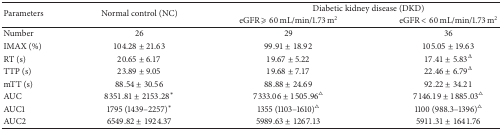
<table><thead><tr><td rowspan="2"><b>Parameters</b></td><td rowspan="2"><b>Normal control (NC)</b></td><td colspan="2"><b>Diabetic kidney disease (DKD)</b></td></tr><tr><td><b>eGFR <i>⩾</i> 60 mL/min/1.73 m<sup>2</sup></b></td><td><b>eGFR &lt; 60 mL/min/1.73 m<sup>2</sup></b></td></tr></thead><tbody><tr><td>Number</td><td>26</td><td>29</td><td>36</td></tr><tr><td>IMAX (%)</td><td>104.28 ± 21.63</td><td>99.91 ± 18.92</td><td>105.05 ± 19.63</td></tr><tr><td>RT (s)</td><td>20.65 ± 6.17</td><td>19.67 ± 5.22</td><td>17.41 ± 5.83<sup>Δ</sup></td></tr><tr><td>TTP (s)</td><td>23.89 ± 9.05</td><td>19.68 ± 7.17</td><td>22.46 ± 6.79<sup>Δ</sup></td></tr><tr><td>mTT (s)</td><td>88.54 ± 30.56</td><td>88.88 ± 24.69</td><td>92.22 ± 34.21</td></tr><tr><td>AUC</td><td>8351.81 ± 2153.28<sup>*</sup></td><td>7333.06 ± 1505.96<sup>∆</sup></td><td>7146.19 ± 1885.03<sup>∆</sup></td></tr><tr><td>AUC1</td><td>1795 (1439–2257)<sup>*</sup></td><td>1355 (1103–1610)<sup>∆</sup></td><td>1100 (988.3–1396)<sup>∆</sup></td></tr><tr><td>AUC2</td><td>6549.82 ± 1924.37</td><td>5989.63 ± 1267.13</td><td>5911.31 ± 1641.76</td></tr></tbody></table>